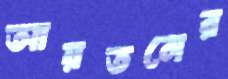
আয়তনের